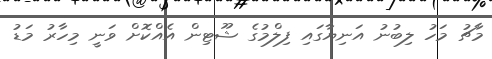
މާޗު މަހު ލިބުނު އަނިޔާގައި ފިލްމުގެ ޝޫޓިން އެއްކޮށް ވަނީ މިހާރު މަޑު